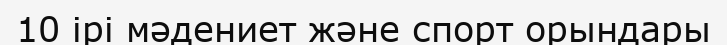
10 ірі мәдениет және спорт орындары